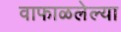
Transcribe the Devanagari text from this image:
वाफाळलेल्या